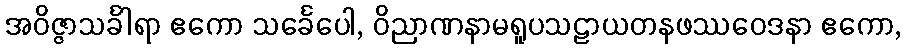
အဝိဇ္ဇာသင်္ခါရာ ဧကော သင်္ခေပေါ, ဝိညာဏနာမရူပသဠာယတနဖဿဝေဒနာ ဧကော,